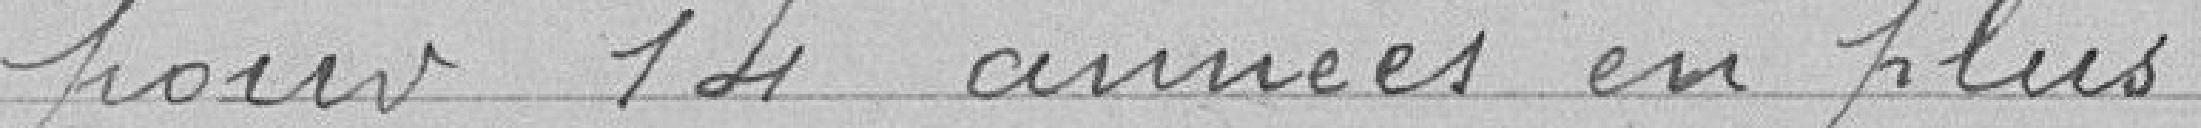
pour 14 années en plus